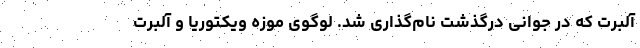
آلبرت که در جوانی درگذشت نام‌گذاری شد. لوگوی موزه ویکتوریا و آلبرت